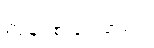
ကျန်ရစ် ခဲ့ပါတယ်။